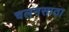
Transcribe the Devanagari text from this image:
चलनसाठा